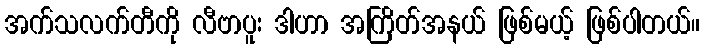
အက်သလက်တီကို လီဗာပူး ဒါဟာ အကြိတ်အနယ် ဖြစ်မယ့် ဖြစ်ပါတယ်။